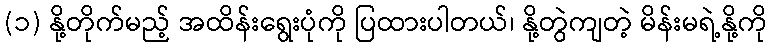
(၁) နို့တိုက်မည့် အထိန်းရွေးပုံကို ပြထားပါတယ်၊ နို့တွဲကျတဲ့ မိန်းမရဲ့နို့ကို